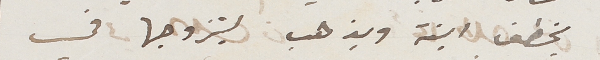
يخطف ابنة ويذهب ليتزوجها في